Civil Veterinary Dept. North-West Frontier Province 1901-22 - 1901-1922
Year: 1901
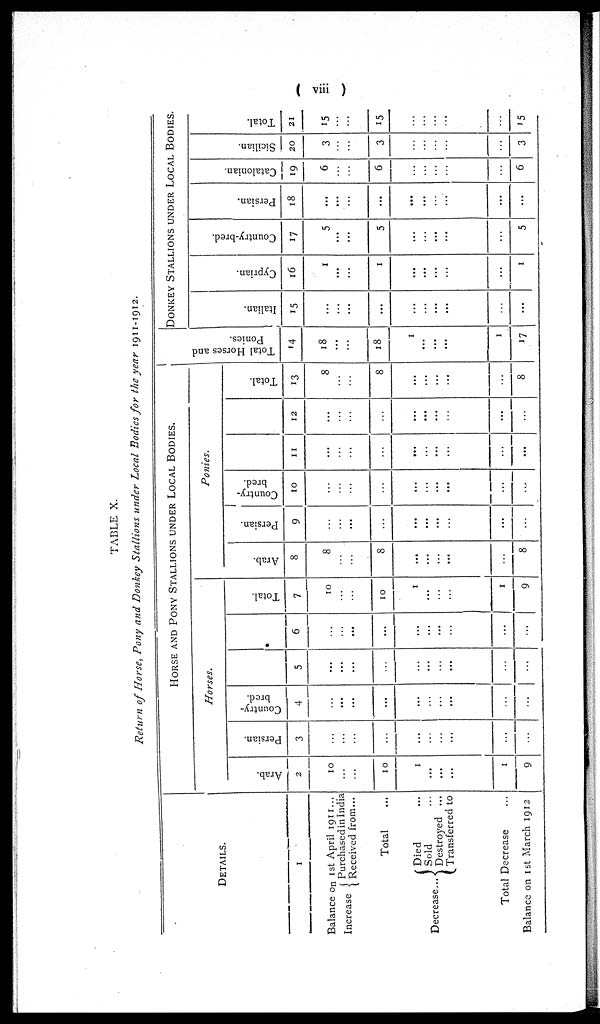
( viii )
TABLE X.
Return of Horse, Pony and Donkey Stallions under Local Bodies for the year 1911-1912.
DETAILS.
1
Balance on 1st April 1911 ...
Increase } Purchased in India
Received from ...
Total ...
Decrease... { Died ...
Sold ...
Destroyed ...
Transferred to
Total Decrease ...
Balance on 1st March 1912
HORSE AND PONY STALLIONS UNDER LOCAL BODIES.
Horses.
Arab.
2
10
...
...
10
1
...
...
...
1
9
Persian.
3
...
...
...
...
...
...
...
...
...
...
Country-
bred.
4
...
...
...
...
...
...
...
...
...
...
5
...
...
...
...
...
...
...
...
...
...
6
...
...
...
...
...
...
...
...
...
...
Total.
7
10
...
...
10
1
...
...
...
1
9
Ponies.
Arab.
8
8
...
...
8
...
...
...
...
...
8
Persian.
9
...
...
...
...
...
...
...
...
...
...
Country-
bred.
10
...
...
...
...
...
...
...
...
...
...
11
...
...
...
...
...
...
...
...
...
...
12
...
...
...
...
...
...
...
...
...
...
Total.
13
8
...
...
8
...
...
...
...
...
8
Tot al Hor s es and
Ponies.
14
18
...
...
18
1
...
...
...
1
17
DONKEY STALLIONS UNDER LOCAL BODIES.
I t al i an.
15
...
...
...
...
...
...
...
...
...
...
Cypr i
an.
16
1
...
...
1
...
...
...
...
...
1
Count r
y- br e d.
17
5
...
...
5
...
...
...
...
...
5
Per si an.
18
...
...
...
...
...
...
...
...
...
...
Cat al oni an.
19
6
...
...
6
...
...
...
...
...
6
Si ci l i an.
20
3
...
...
3
...
...
...
...
...
3
Tot al .
21
15
...
...
15
...
...
...
...
...
15